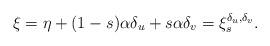
LaTeX: \begin{align*} \xi=\eta+(1-s)\alpha\delta_u+s\alpha\delta_v=\xi_{s}^{\delta_u,\delta_v}. \end{align*}